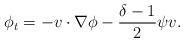
\begin{align*}\phi_t=-v\cdot \nabla \phi-\frac{\delta-1}{2}\psi v.\end{align*}